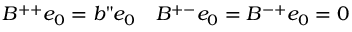
B ^ { + + } e _ { 0 } = b " e _ { 0 } \quad B ^ { + - } e _ { 0 } = B ^ { - + } e _ { 0 } = 0